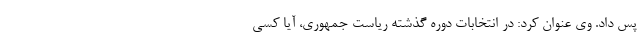
پس داد. وی عنوان کرد: در انتخابات دوره گذشته ریاست جمهوری، آیا کسی